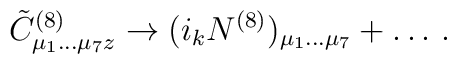
{\tilde C}^{(8)}_{\mu_1\dots\mu_7 z}\rightarrow (i_k N^{(8)})_{\mu_1\dots\mu_7}+\dots\, .